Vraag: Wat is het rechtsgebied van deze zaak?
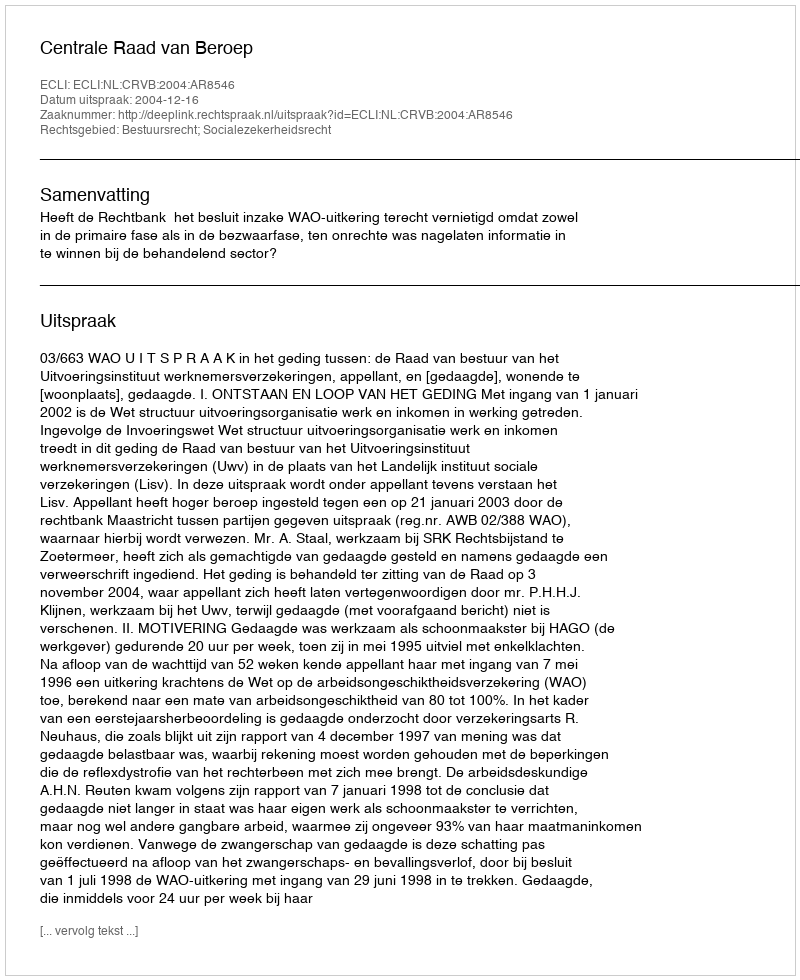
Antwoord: Bestuursrecht; Socialezekerheidsrecht